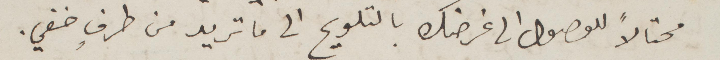
محتالًا للوصول الى غرضك بالتلويح الى ما تريد من طرف خفي.